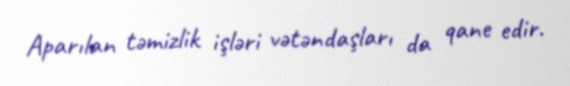
Aparılan təmizlik işləri vətəndaşları da qane edir.